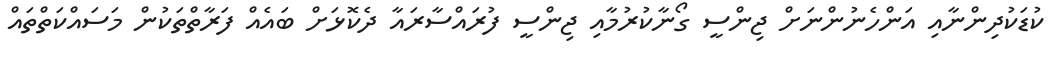
ކުޑަކުދިންނާއި އަންހެނުންނަށް ޖިންސީ ގޯނާކުރުމާއި ޖިންސީ ފުރައްސާރައާ ދެކޮޅަށް ބައެއް ފަރާތްތަކުން މަސައްކަތްތައް